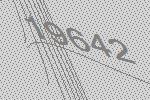
19642